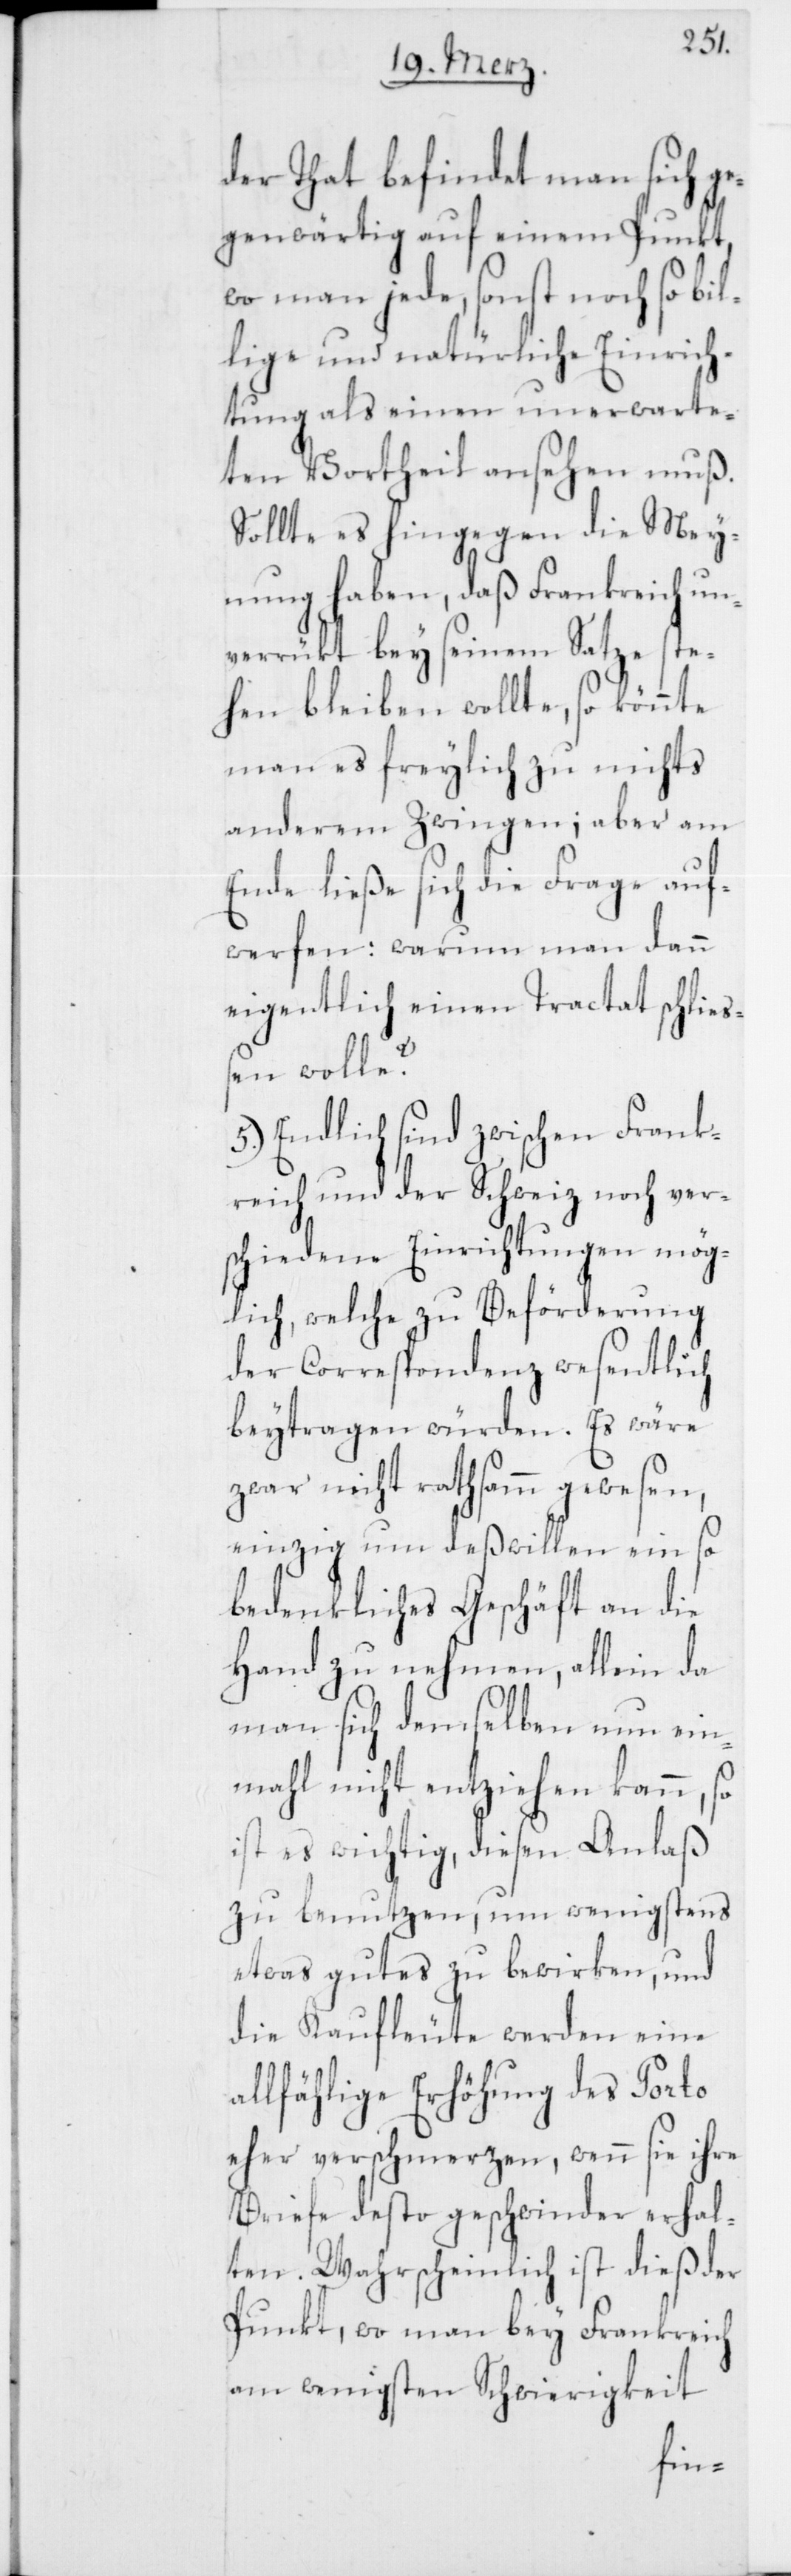
der That befindet man sich g¬
egenwärtig auf einem Punkt,
wo man jede, sonst noch so bil¬
lige und natürliche Einrich¬
tung als einen unerwarte¬
ten Vortheil ansehen muß.
Sollte es hingegen die Mey¬
nung haben, daß Frankreich un¬
verrückt bey seinem Satze ste¬
hen bleiben wollte, so könnte
man es freylich zu nichts
anderem zwingen; aber am
Ende ließe sich die Frage auf¬
werfen: warum man dann
eigentlich einen Tractat schließ¬
en wolle?
5.) Endlich sind zwischen Frank¬
reich und der Schweiz noch ver¬
schiedene Einrichtungen mög¬
lich, welche zu Beförderung
der Correspondenz wesentlich
beytragen würden. Es wäre
zwar nicht rathsamm gewesen,
einzig um deßwillen ein so
bedenkliches Geschäft an die
Hand zu nehmen, allein da
man sich demselben nun ein¬
mahl nicht entziehen kann, so
ist es wichtig, diesen Anlaß
zu benutzen, um wenigstens
etwas gutes zu bewirken, und
die Kaufleute werden eine
allfählige Erhöhung des Porto
eher verschmerzen, wenn sie ihre
Briefe desto geschwinder erhal¬
ten. Wahrscheinlich ist dieß der
Punkt, wo man bey Frankreich
am wenigsten Schwierigkeiten